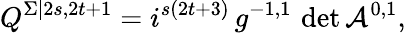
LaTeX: Q^{\Sigma|2s,2t+1}=i^{s(2t+3)}\, g^{-1,1}\, \operatorname*{det}\mathcal{A}^{0,1},